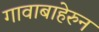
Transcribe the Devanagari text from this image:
गावाबाहेरुन